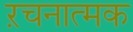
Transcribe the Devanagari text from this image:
ऱचनात्मक